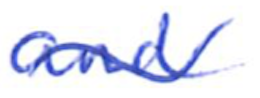
Text: and
Cross-out: wave
Writing tool: ballpoint